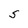
Character: S